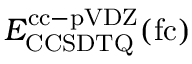
E _ { \mathrm { C C S D T Q } } ^ { \mathrm { c c - p V D Z } } ( \mathrm { f c } )